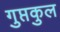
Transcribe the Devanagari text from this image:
गुप्तकुल